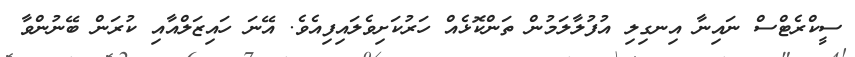
ސީކްރެޓްސް ނައިނާ އިނގިލި އުފުލާލަމުން ތަންކޮޅެއް ހަރުކަށިވެލައިފިއެވެ. އޭނަ ހައިޒަލްއާއި ކުރަން ބޭނުންވާ